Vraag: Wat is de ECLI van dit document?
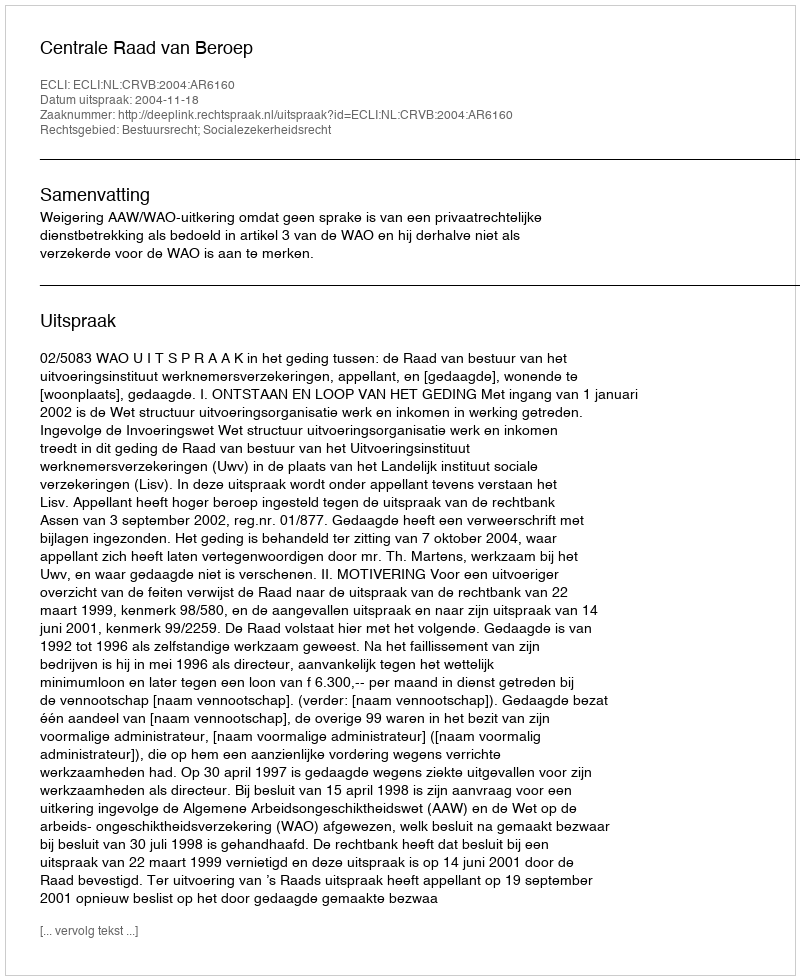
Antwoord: ECLI:NL:CRVB:2004:AR6160